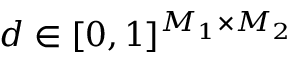
\boldsymbol { d } \in [ 0 , 1 ] ^ { M _ { 1 } \times M _ { 2 } }